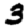
Digit: 3